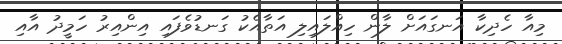
މިއާ ހެދިކާ އަނގައަށް ލާން ހިއްލައިލި އަތާއެކު ގަނޑުވެފައި އިންއިރު ހަމީދު އާއި